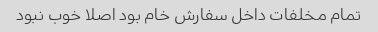
تمام مخلفات داخل سفارش خام بود اصلا خوب نبود